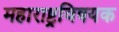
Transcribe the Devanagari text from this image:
महाराष्ट्रविषयक